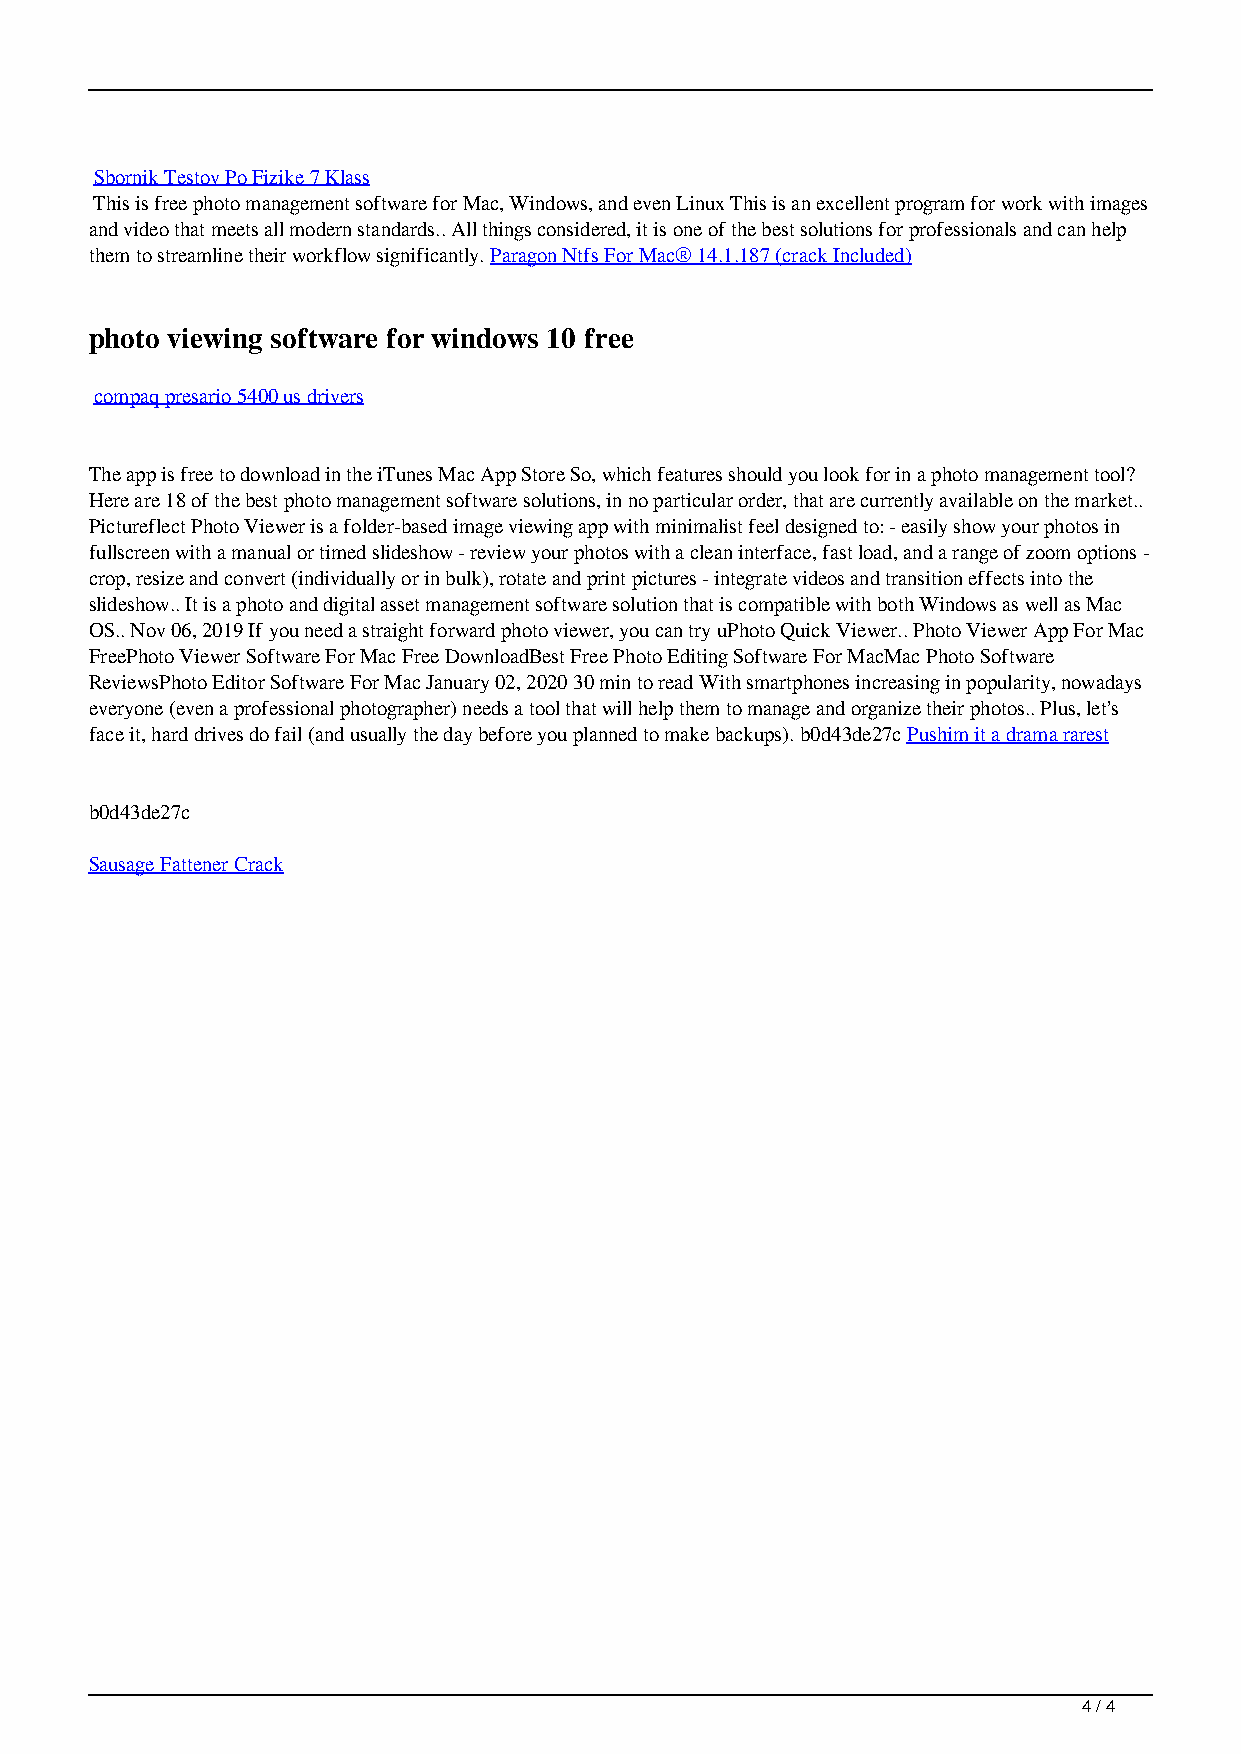
Sbornik Testov Po Fizike 7 Klass
 This is free photo management software for Mac, Windows, and even Linux This is an excellent program for work with images
 and video that meets all modern standards.. All things considered, it is one of the best solutions for professionals and can help
 them to streamline their workflow significantly. Paragon Ntfs For Mac® 14.1.187 (crack Included)
 photo viewing software for windows 10 free
 compaq presario 5400 us drivers
 The app is free to download in the iTunes Mac App Store So, which features should you look for in a photo management tool?
 Here are 18 of the best photo management software solutions, in no particular order, that are currently available on the market..
 Pictureflect Photo Viewer is a folder-based image viewing app with minimalist feel designed to: - easily show your photos in
 fullscreen with a manual or timed slideshow - review your photos with a clean interface, fast load, and a range of zoom options -
 crop, resize and convert (individually or in bulk), rotate and print pictures - integrate videos and transition effects into the
 slideshow.. It is a photo and digital asset management software solution that is compatible with both Windows as well as Mac
 OS.. Nov 06, 2019 If you need a straight forward photo viewer, you can try uPhoto Quick Viewer.. Photo Viewer App For Mac
 FreePhoto Viewer Software For Mac Free DownloadBest Free Photo Editing Software For MacMac Photo Software
 ReviewsPhoto Editor Software For Mac January 02, 2020 30 min to read With smartphones increasing in popularity, nowadays
 everyone (even a professional photographer) needs a tool that will help them to manage and organize their photos.. Plus, let’s
 face it, hard drives do fail (and usually the day before you planned to make backups). b0d43de27c Pushim it a drama rarest
 b0d43de27c
 Sausage Fattener Crack
 4 / 4
 Photo Viewing Software For Mac Free